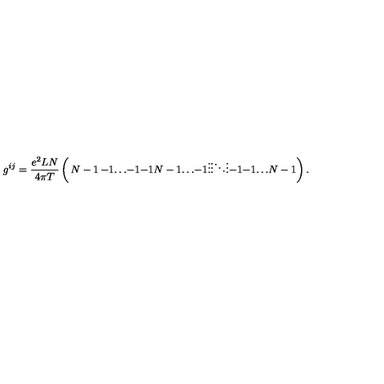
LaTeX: g ^ { i j } = \frac { e ^ { 2 } L N } { 4 \pi T } \left( \begin{matrix} { N - 1 } & { - 1 } & { \ldots } & { - 1 } \\ { - 1 } & { N - 1 } & { \ldots } & { - 1 } \\ { \vdots } & { \vdots } & { \ddots } & { \vdots } \\ { - 1 } & { - 1 } & { \ldots } & { N - 1 } \\ \end{matrix} \right) .